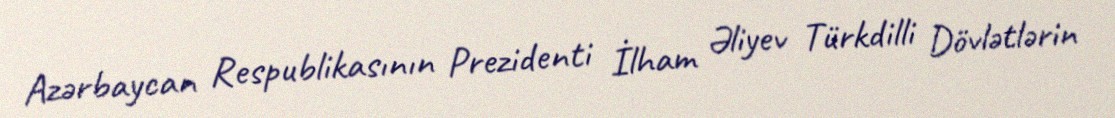
Azərbaycan Respublikasının Prezidenti İlham Əliyev Türkdilli Dövlətlərin